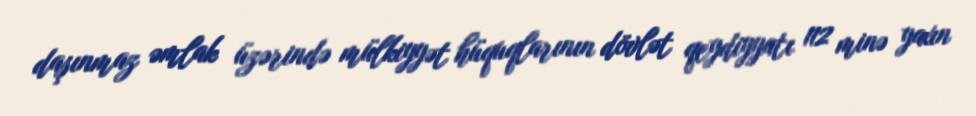
daşınmaz əmlak üzərində mülkiyyət hüquqlarının dövlət qeydiyyatı 112 minə yaxın